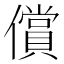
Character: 償